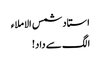
استاد شمس الاملاء
الگ سے داد!